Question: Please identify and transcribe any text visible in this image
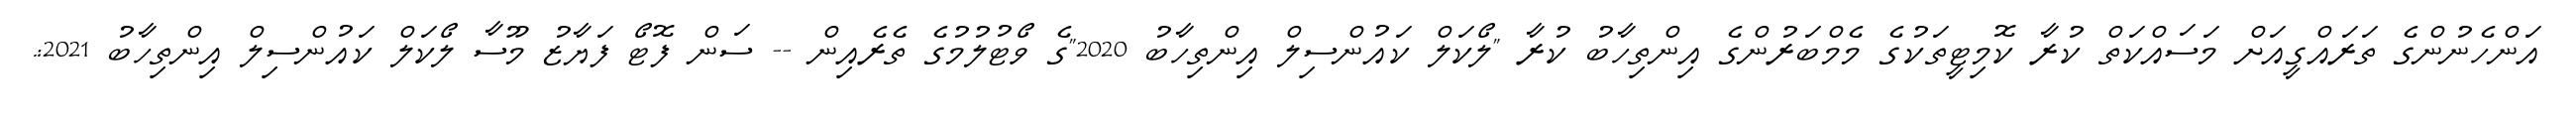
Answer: އަންހެނުންގެ ތަރައްގީއަށް މަސައްކަތް ކުރާ ކޮމިޓީތަކުގެ މެމްބަރުންގެ އިންތިހާބު ކުރާ "ލޯކަލް ކައުންސިލް އިންތިހާބު 2020"ގެ ވޯޓުލުމުގެ ތެރެއިން -- ސަން ފޮޓޯ ފަޔާޒު މޫސާ ލޯކަލް ކައުންސިލް އިންތިހާބު 2021:.